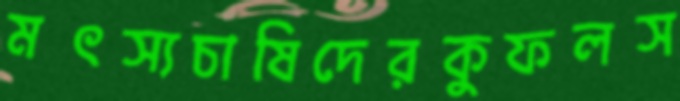
মৎস্যচাষিদেরকুফলস